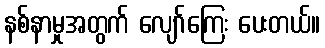
နစ်နာမှုအတွက် လျော်ကြေး ပေးတယ်။